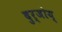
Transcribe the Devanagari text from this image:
दुर्जोय्